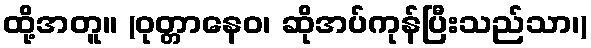
ထို့အတူ။ (ဝုတ္တာနေဝ၊ ဆိုအပ်ကုန်ပြီးသည်သာ၊)